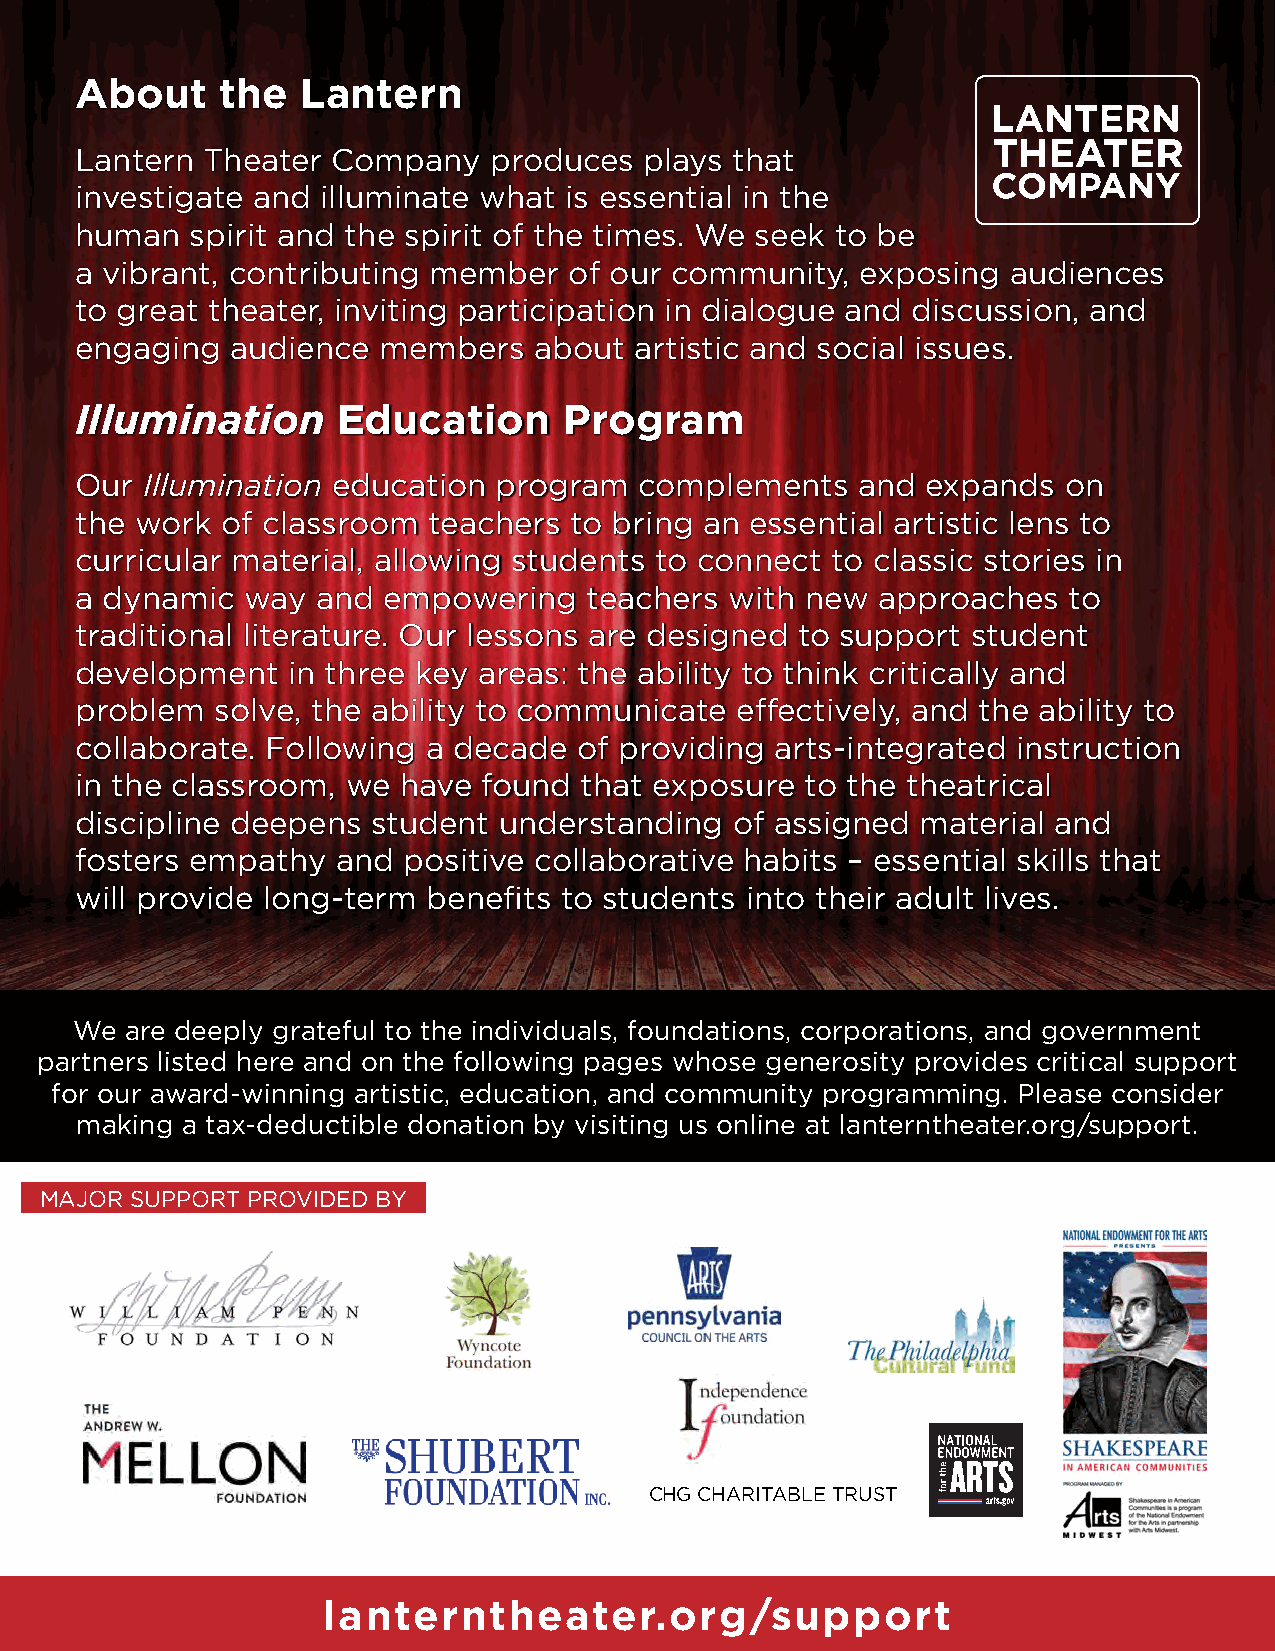
About     the  Lantern
 Lantern Theater  Company   produces   plays that
 investigate and illuminate what is essential in the
 human   spirit and the spirit of the times. We seek to be
 a vibrant, contributing member   of our community,  exposing  audiences
 to great theater, inviting participation in dialogue and discussion, and
 engaging  audience  members   about  artistic and social issues.
 Illumination     Education      Program
 Our Illumination education  program  complements    and expands   on
 the work  of classroom teachers  to bring an essential artistic lens to
 curricular material, allowing students to connect to classic stories in
 a dynamic  way  and empowering    teachers with new  approaches   to
 traditional literature. Our lessons are designed to support student
 development   in three key areas: the ability to think critically and
 problem  solve, the ability to communicate  eff ectively, and the ability to
 collaborate. Following a decade  of providing arts-integrated instruction
 in the classroom, we have  found that exposure  to the theatrical
 discipline deepens  student understanding   of assigned material and
 fosters empathy  and  positive collaborative habits – essential skills that
 will provide long-term benefi ts to students into their adult lives.
 We are deeply grateful to the individuals, foundations, corporations, and government
 partners listed here and on the following pages whose generosity provides critical support
 for our award-winning artistic, education, and community programming. Please consider
 making a tax-deductible donation by visiting us online at lanterntheater.org/support.
 MAJOR SUPPORT PROVIDED BY
 CHG CHARITABLE TRUST
 lanterntheater.org/support